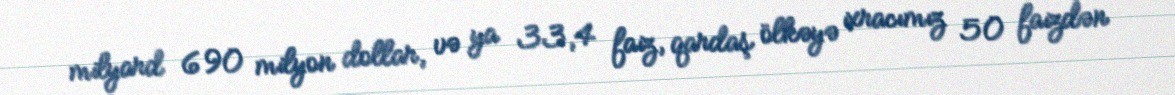
milyard 690 milyon dollar, və ya 33,4 faiz, qardaş ölkəyə ixracımız 50 faizdən